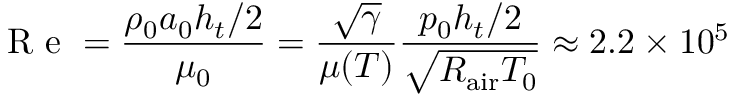
\mathrm { ~ R ~ e ~ } = \frac { \rho _ { 0 } a _ { 0 } h _ { t } / 2 } { \mu _ { 0 } } = \frac { \sqrt { \gamma } } { \mu ( T ) } \frac { p _ { 0 } h _ { t } / 2 } { \sqrt { R _ { \mathrm { a i r } } T _ { 0 } } } \approx 2 . 2 \times 1 0 ^ { 5 }